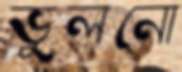
ভুলনো